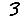
Digit: 3